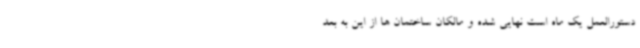
دستورالعمل یک ماه است نهایی شده و مالکان ساختمان ها از این به بعد